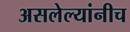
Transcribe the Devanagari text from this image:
असलेल्यांनीच